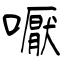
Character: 嚈